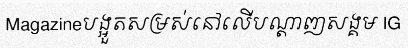
Magazineបង្អួតសម្រស់នៅលើបណ្តាញសង្គម IG